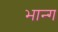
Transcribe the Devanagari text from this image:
भान्ग